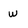
Character: w